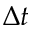
\Delta t